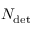
N _ { \mathrm { d e t } }